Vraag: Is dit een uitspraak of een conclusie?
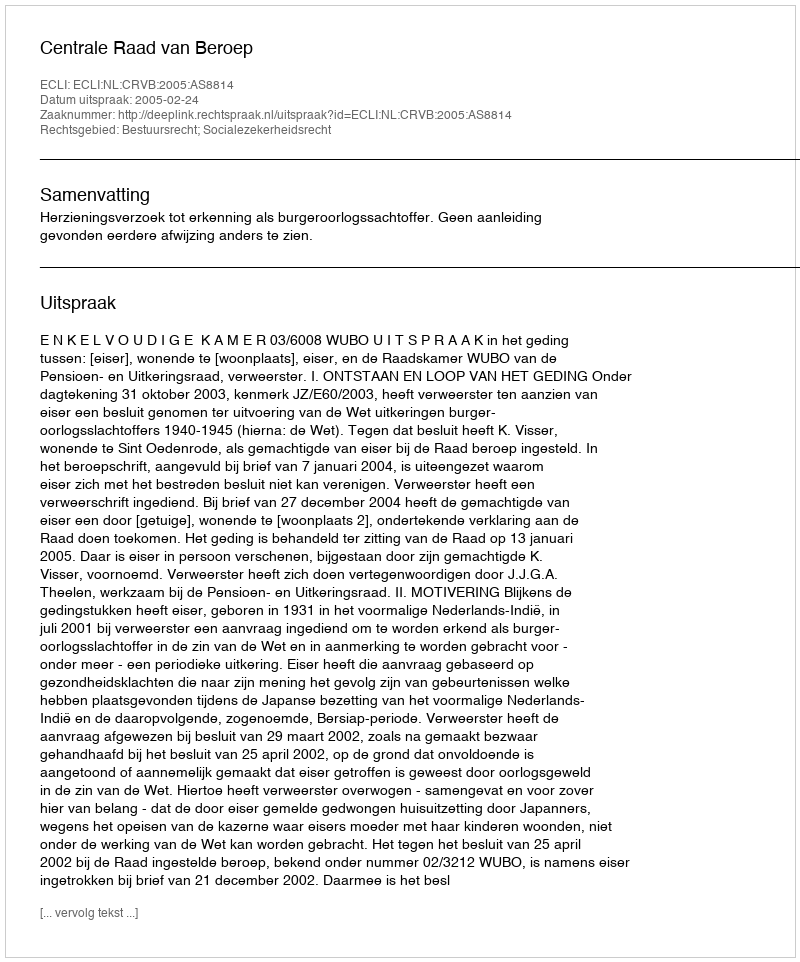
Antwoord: Uitspraak